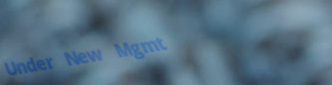
Under New Mgmt